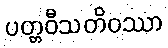
ပတ္တဝီသတိဝဿာ